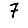
Digit: 7